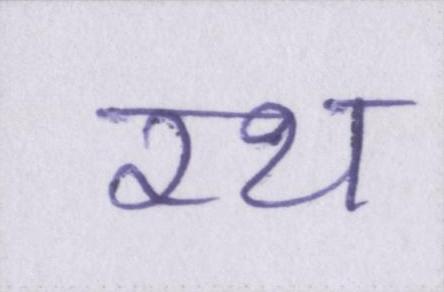
रथ